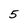
Character: 5